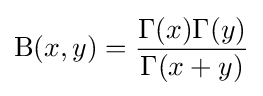
\mathrm {B} (x,y)={\frac {\Gamma (x)\Gamma (y)}{\Gamma (x+y)}}